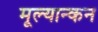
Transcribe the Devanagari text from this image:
मूल्यान्कन